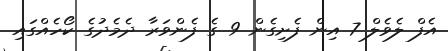
އެފް ލެވެލް 7 އިން ފެށިގެން 9 ގެ ފެންވަރާ ދެމެދުގެ ކޯހެއްގައި